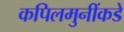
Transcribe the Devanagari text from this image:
कपिलमुनींकडे